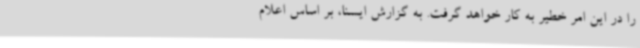
را در این امر خطیر به کار خواهد گرفت. به گزارش ایسنا، بر اساس اعلام